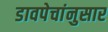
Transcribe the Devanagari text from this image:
डावपेचांनुसार